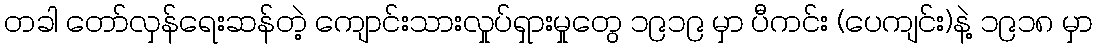
တခါ တော်လှန်ရေးဆန်တဲ့ ကျောင်းသားလှုပ်ရှားမှုတွေ ၁၉၁၉ မှာ ပီကင်း (ပေကျင်း)နဲ့ ၁၉၁၈ မှာ